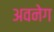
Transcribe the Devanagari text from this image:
अवनेग